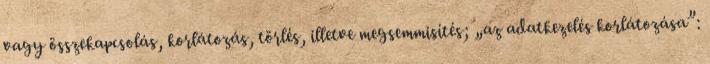
vagy összekapcsolás, korlátozás, törlés, illetve megsemmisítés; „az adatkezelés korlátozása”: